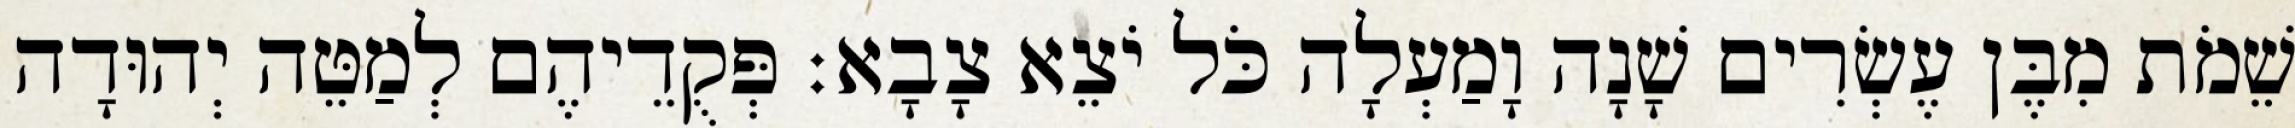
שֵׁמֹת מִבֶּן עֶשְׂרִים שָׁנָה וָמַעְלָה כֹּל יֹצֵא צָבָא׃ פְּקֻדֵיהֶם לְמַטֵּה יְהוּדָה